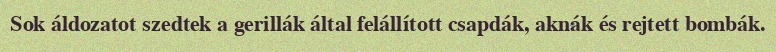
Sok áldozatot szedtek a gerillák által felállított csapdák, aknák és rejtett bombák.